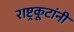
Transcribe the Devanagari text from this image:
राष्ट्रकूटांनी